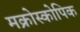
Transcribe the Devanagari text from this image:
मक्रोस्कोपिक